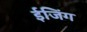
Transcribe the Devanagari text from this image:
ईजिंग